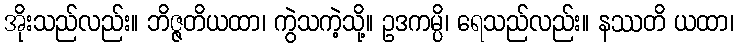
အိုးသည်လည်း။ ဘိဇ္ဇတိယထာ၊ ကွဲသကဲ့သို့။ ဥဒကမ္ပိ၊ ရေသည်လည်း။ နဿတိ ယထာ၊